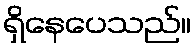
ရှိနေပေသည်။